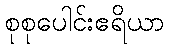
စုစုပေါင်းဧရိယာ